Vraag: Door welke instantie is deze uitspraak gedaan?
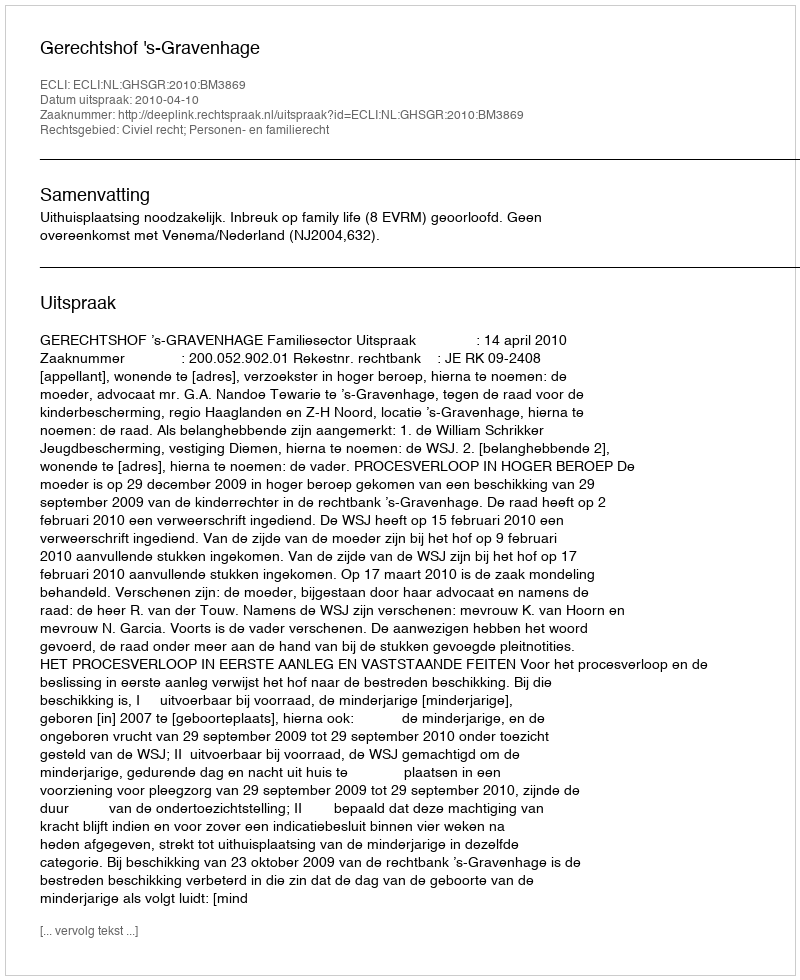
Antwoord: Gerechtshof 's-Gravenhage